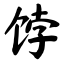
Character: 饽